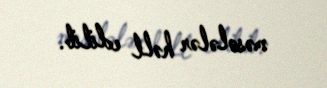
məsələlər həll edilib.